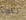
تكون